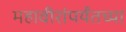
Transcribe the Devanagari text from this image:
महावीरांपर्यंतच्या